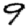
Digit: 9